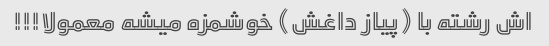
اش رشته با (پیاز داغش) خوشمزه میشه معمولا!!!